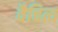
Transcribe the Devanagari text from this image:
वैचित्य